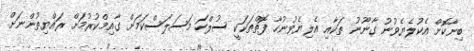
ބިނާކޮށް އެކުލެޔެވުނު ގާނޫނު ތަކާއި އެލިޔެވުނުހާ ފޮތްތަކަކީ ސުލްހަ މަސަލަސްކަމަށް ގާއިމްކުރުމަށް ރައްޔިތުންނަށް